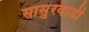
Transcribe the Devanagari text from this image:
सासुरवाडी